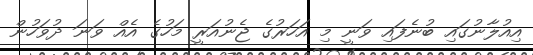
އިއުލާނުގައި ބުނެފައި ވަނީ މި އަހަރުގެ ޖެނުއަރީ މަހުގެ އެއް ވަނަ ދުވަހުން